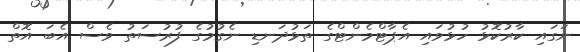
ނަގައި ކާރުކޮޅު ހުޅުވައި އެޕާޓްމެންޓްގެ ތަޅުދަނޑި ނެގުމުގެ ފުރުސަތު ވެސް އެބަ އޮތް